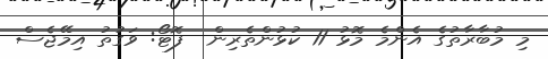
މި މުބާރާތުގެ އެންމެ މޮޅު 11 ކުޅުންތެރިން  ފޮޓޯ: ވަގުތު އިމޭޖެސް